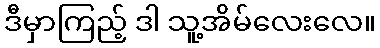
ဒီမှာကြည့် ဒါ သူ့အိမ်လေးလေ။